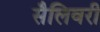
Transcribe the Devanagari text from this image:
सैलिवरी